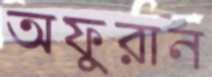
অফুরান